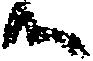
候